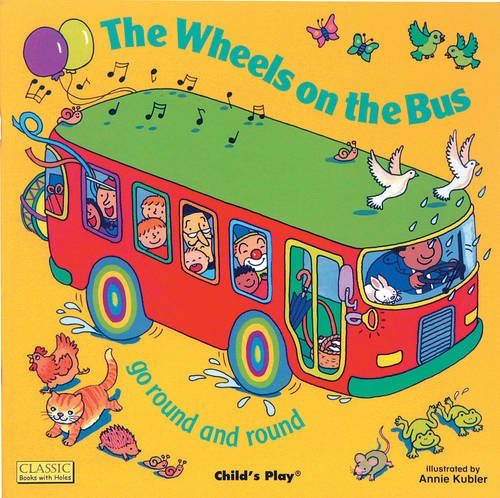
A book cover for The Wheels on the Bus (Classic Books With Holes); Children's Books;